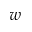
w